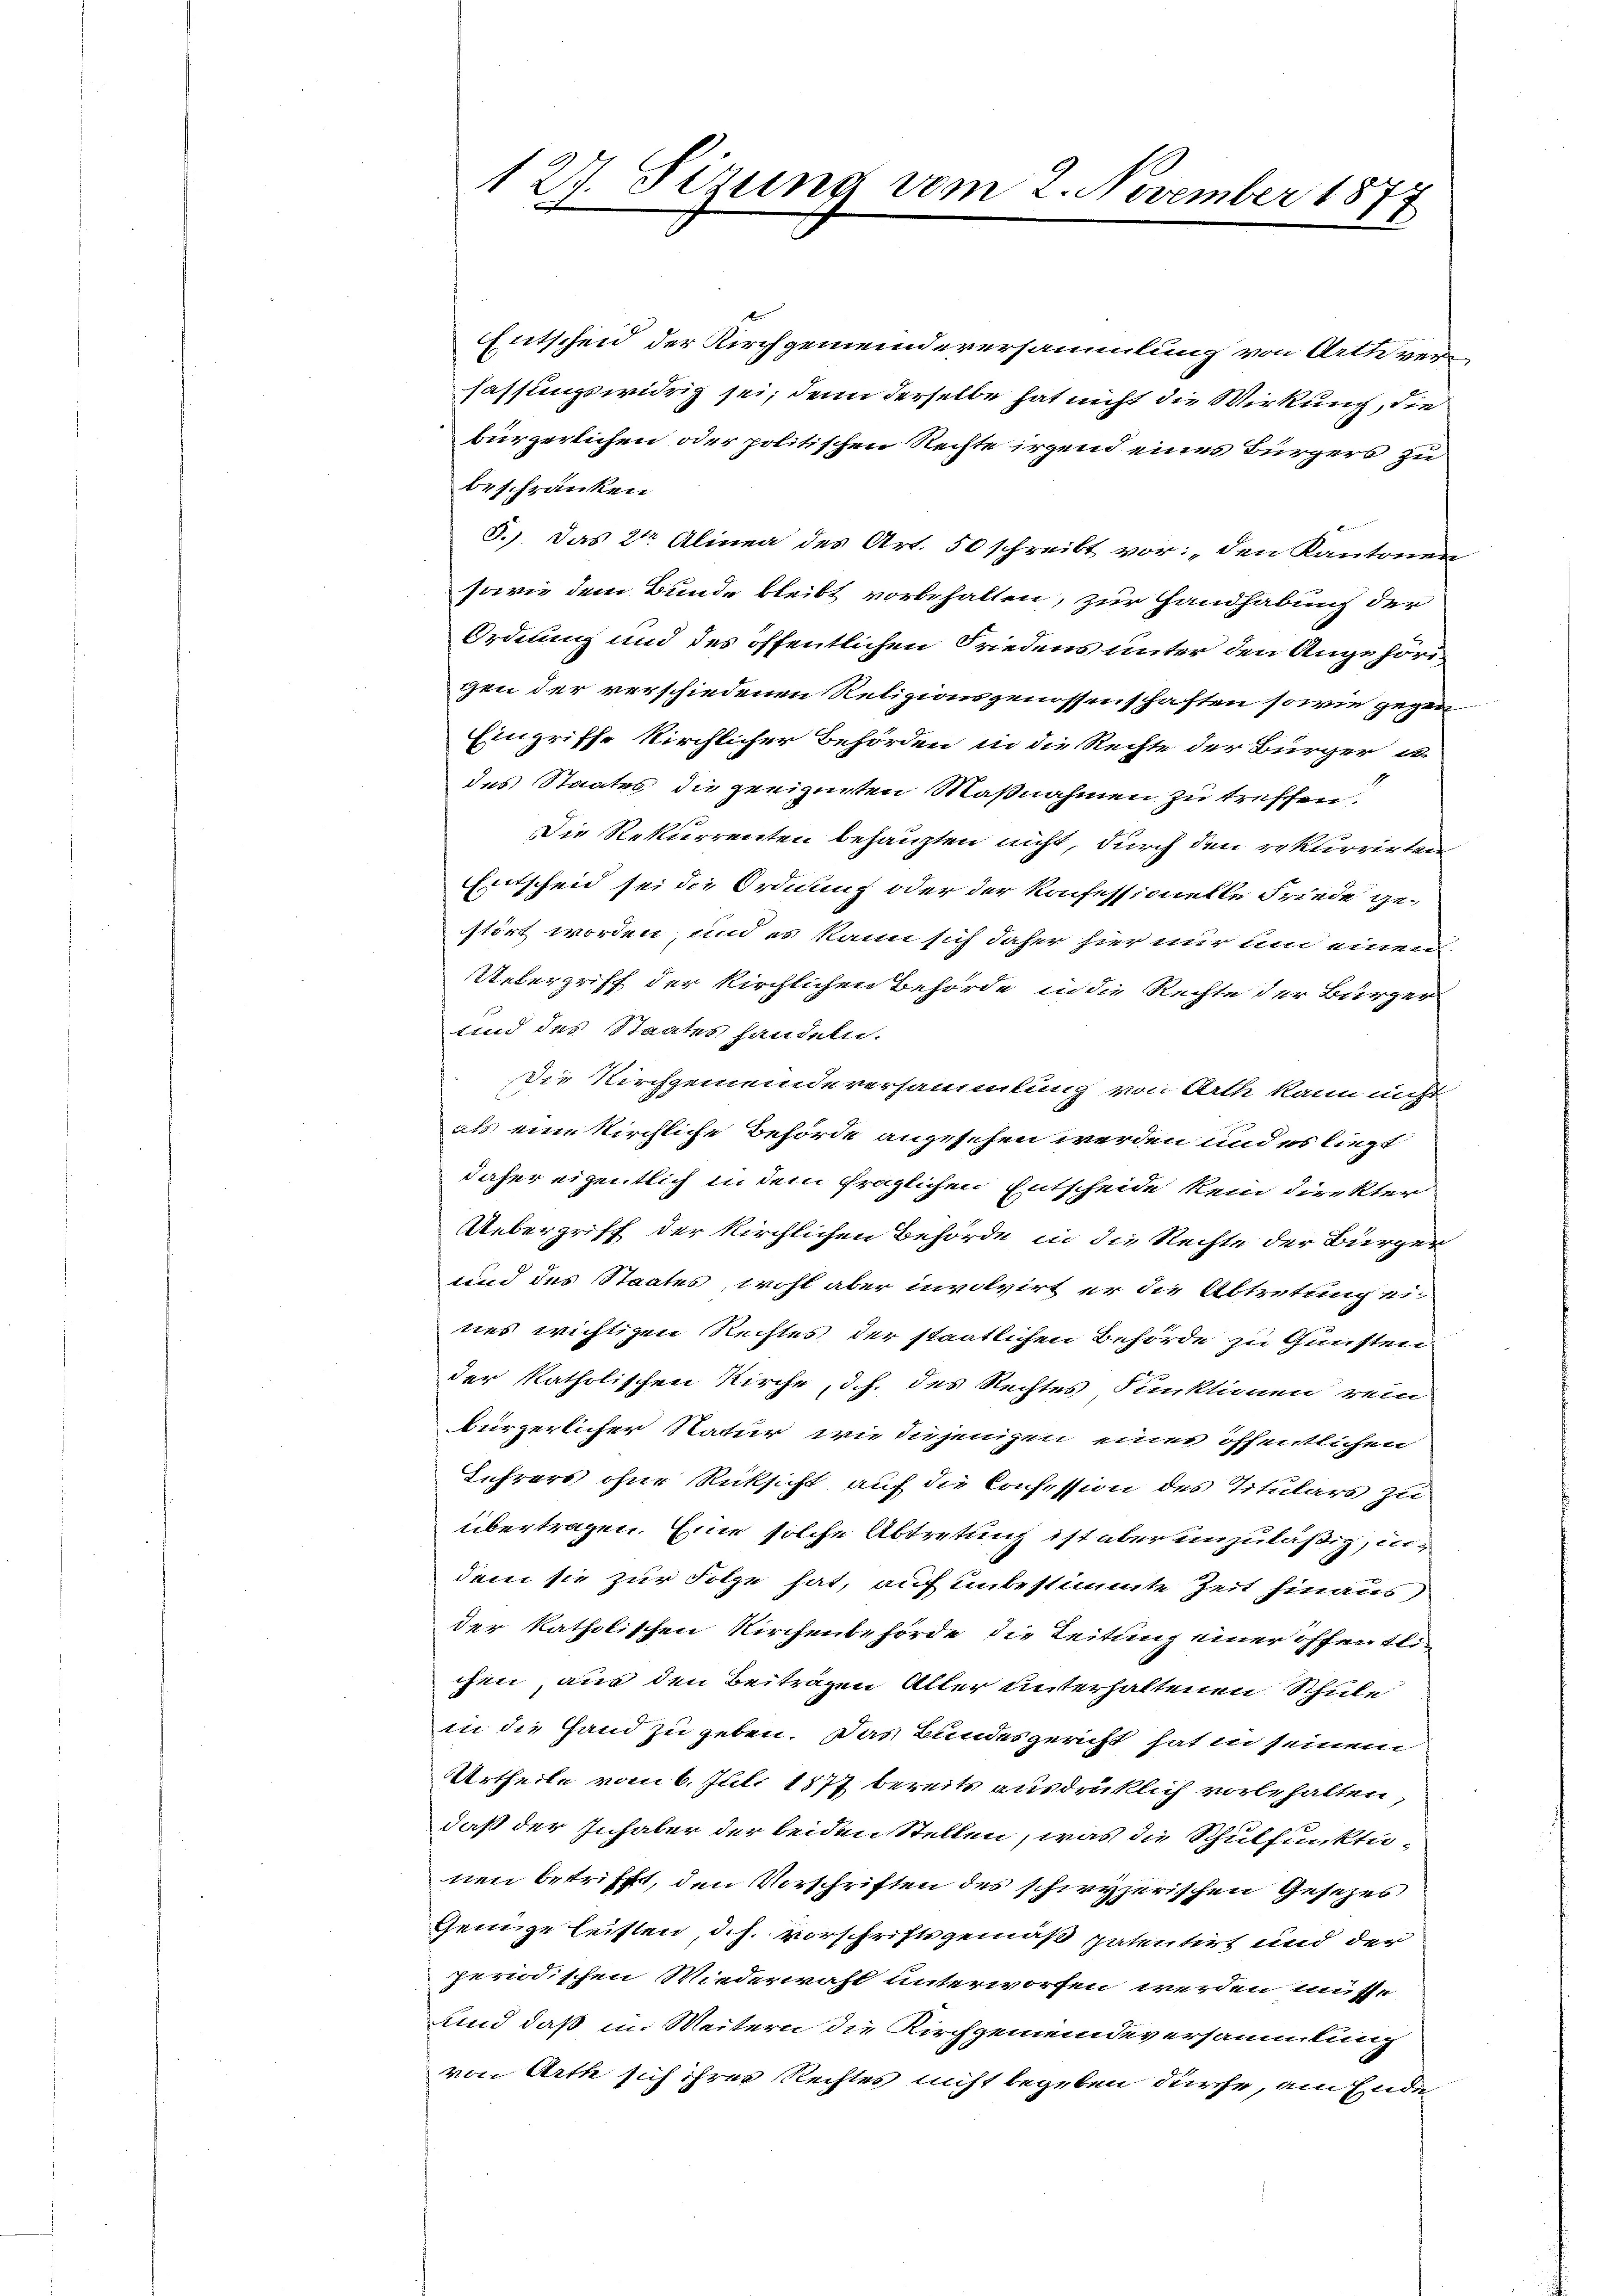
127. Sizung vom 2. November 1877
t

Entscheid der Kirchgemeindeversammlung von Arth verfassungswidrig sei; denn derselbe hat nicht die Wirkung, die
bürgerlichen oder politischen Rechte irgend eines Bürgers zu
beschränken
F.). Das 2ten Alinea des Art. 50 schreibt vor: „den Kantonen
sowie dem Bunde bleibt vorbehalten, zur Handhabung der
Ordnung und des öffentlichen Friedens unter den Angehördgen der verschiedenen Religionsgenossenschaften sowie gegen
Eingriffe kirchlicher Behörden in die Rechte der Bürger u
des Staates die geeigenten Maßnahmen zu treffen.
Die Rekurrenten behaupten nicht, durch den rekurrirten
Entscheid sei in Ordnung oder der Konfessiuelle Friede gestört worden, und es kann sich daher hier nur um einen
Uebergriff der kirchlichen Behörde in die Rechte der Bürger
sind des Staates handeln.
Die Kirchgemeinderersammlung von Arth kann nicht
als eine kirchliche Behörde angesehen werden und es liegt
daher eigentlich in dem fraglichen Entscheide kein direkter
Uebergriff der kirchlichen Behörde in die Rechte der Bürger
und des Staates, wohl aber involvirt er die Abtretung eines wichtigen Rechtes der staatlichen Behörde zu Gunsten
der katholischen Kirche, d.h. des Rechtes Funktinen rein
bürgerlicher Natur wie diejenigen eines öffentlichen
Lehrers ohne Rücksicht auf die Consession des Titulars zu
übertragen. Eine solche Abtretung ist aber einzuläßig, un
dem sie zur Folge hat, auf unbestimmte Zeit hinaus
der katholischen Kirchenbehörde die Leitung einer offentlichen, aus den Beiträgen Aller unterhaltenen Schule
in die Hand zu geben. Das Bundesgericht hat in seinem
Urtheile vom 6. Juli 1877 bereits ausdrüklich vorbehalten,
daß der Inhaber der beiden Stellen, was die Schulfunktu-
nen betrifft, den Vorschriften des schwyzerischen Gesezes
Genüge leisten, d.h. Vorschriftsgemäß spatentirt und der
periodischen Wiederwahl unterworfen werden müsse
ind daß im Weitern die Kirchgemeindeversammlung
von Arth sich ihrer Rechtes nicht begeben dürfe, am Ende